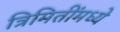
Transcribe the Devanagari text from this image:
त्रिमितींमध्ये